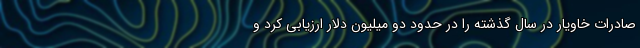
صادرات خاویار در سال گذشته را در حدود دو میلیون دلار ارزیابی کرد و